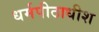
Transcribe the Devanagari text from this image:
धर्मपीठाधीश